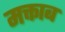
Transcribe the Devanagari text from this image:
मक्ताब